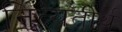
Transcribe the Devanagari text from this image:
नित्यतीर्थ